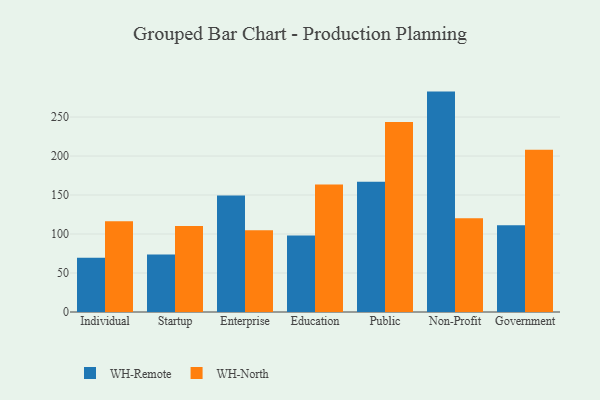
{"axis": {"x": "Segment", "y": "Satisfaction Score"}, "legend": ["WH-North", "WH-Remote"], "data": [{"x": "Individual", "y": 69.5, "type": "WH-Remote"}, {"x": "Individual", "y": 116.5, "type": "WH-North"}, {"x": "Startup", "y": 73.6, "type": "WH-Remote"}, {"x": "Startup", "y": 110.3, "type": "WH-North"}, {"x": "Enterprise", "y": 149.4, "type": "WH-Remote"}, {"x": "Enterprise", "y": 104.7, "type": "WH-North"}, {"x": "Education", "y": 98.1, "type": "WH-Remote"}, {"x": "Education", "y": 163.4, "type": "WH-North"}, {"x": "Public", "y": 167.0, "type": "WH-Remote"}, {"x": "Public", "y": 243.7, "type": "WH-North"}, {"x": "Non-Profit", "y": 282.6, "type": "WH-Remote"}, {"x": "Non-Profit", "y": 120.1, "type": "WH-North"}, {"x": "Government", "y": 111.1, "type": "WH-Remote"}, {"x": "Government", "y": 208.1, "type": "WH-North"}]}